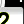
Digit: 2